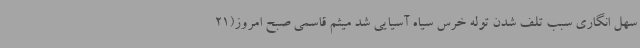
سهل انگاری سبب تلف شدن توله خرس سیاه آسیایی شد میثم قاسمی صبح امروز(21